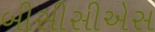
બીસીસીએસ